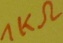
Text: 1KΩ